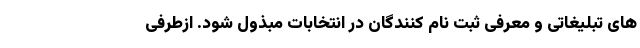
های تبلیغاتی و معرفی ثبت نام کنندگان در انتخابات مبذول شود. ازطرفی